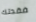
فقدتك